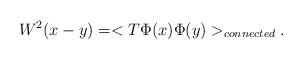
LaTeX: \begin{align*}W^{2}(x-y)=<T\Phi(x)\Phi(y)>_{connected}.\end{align*}